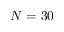
N = 3 0